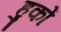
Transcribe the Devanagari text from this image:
हुकों